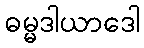
ဓမ္မဒါယာဒေါ